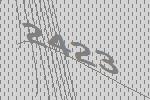
2423